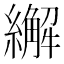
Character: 繲